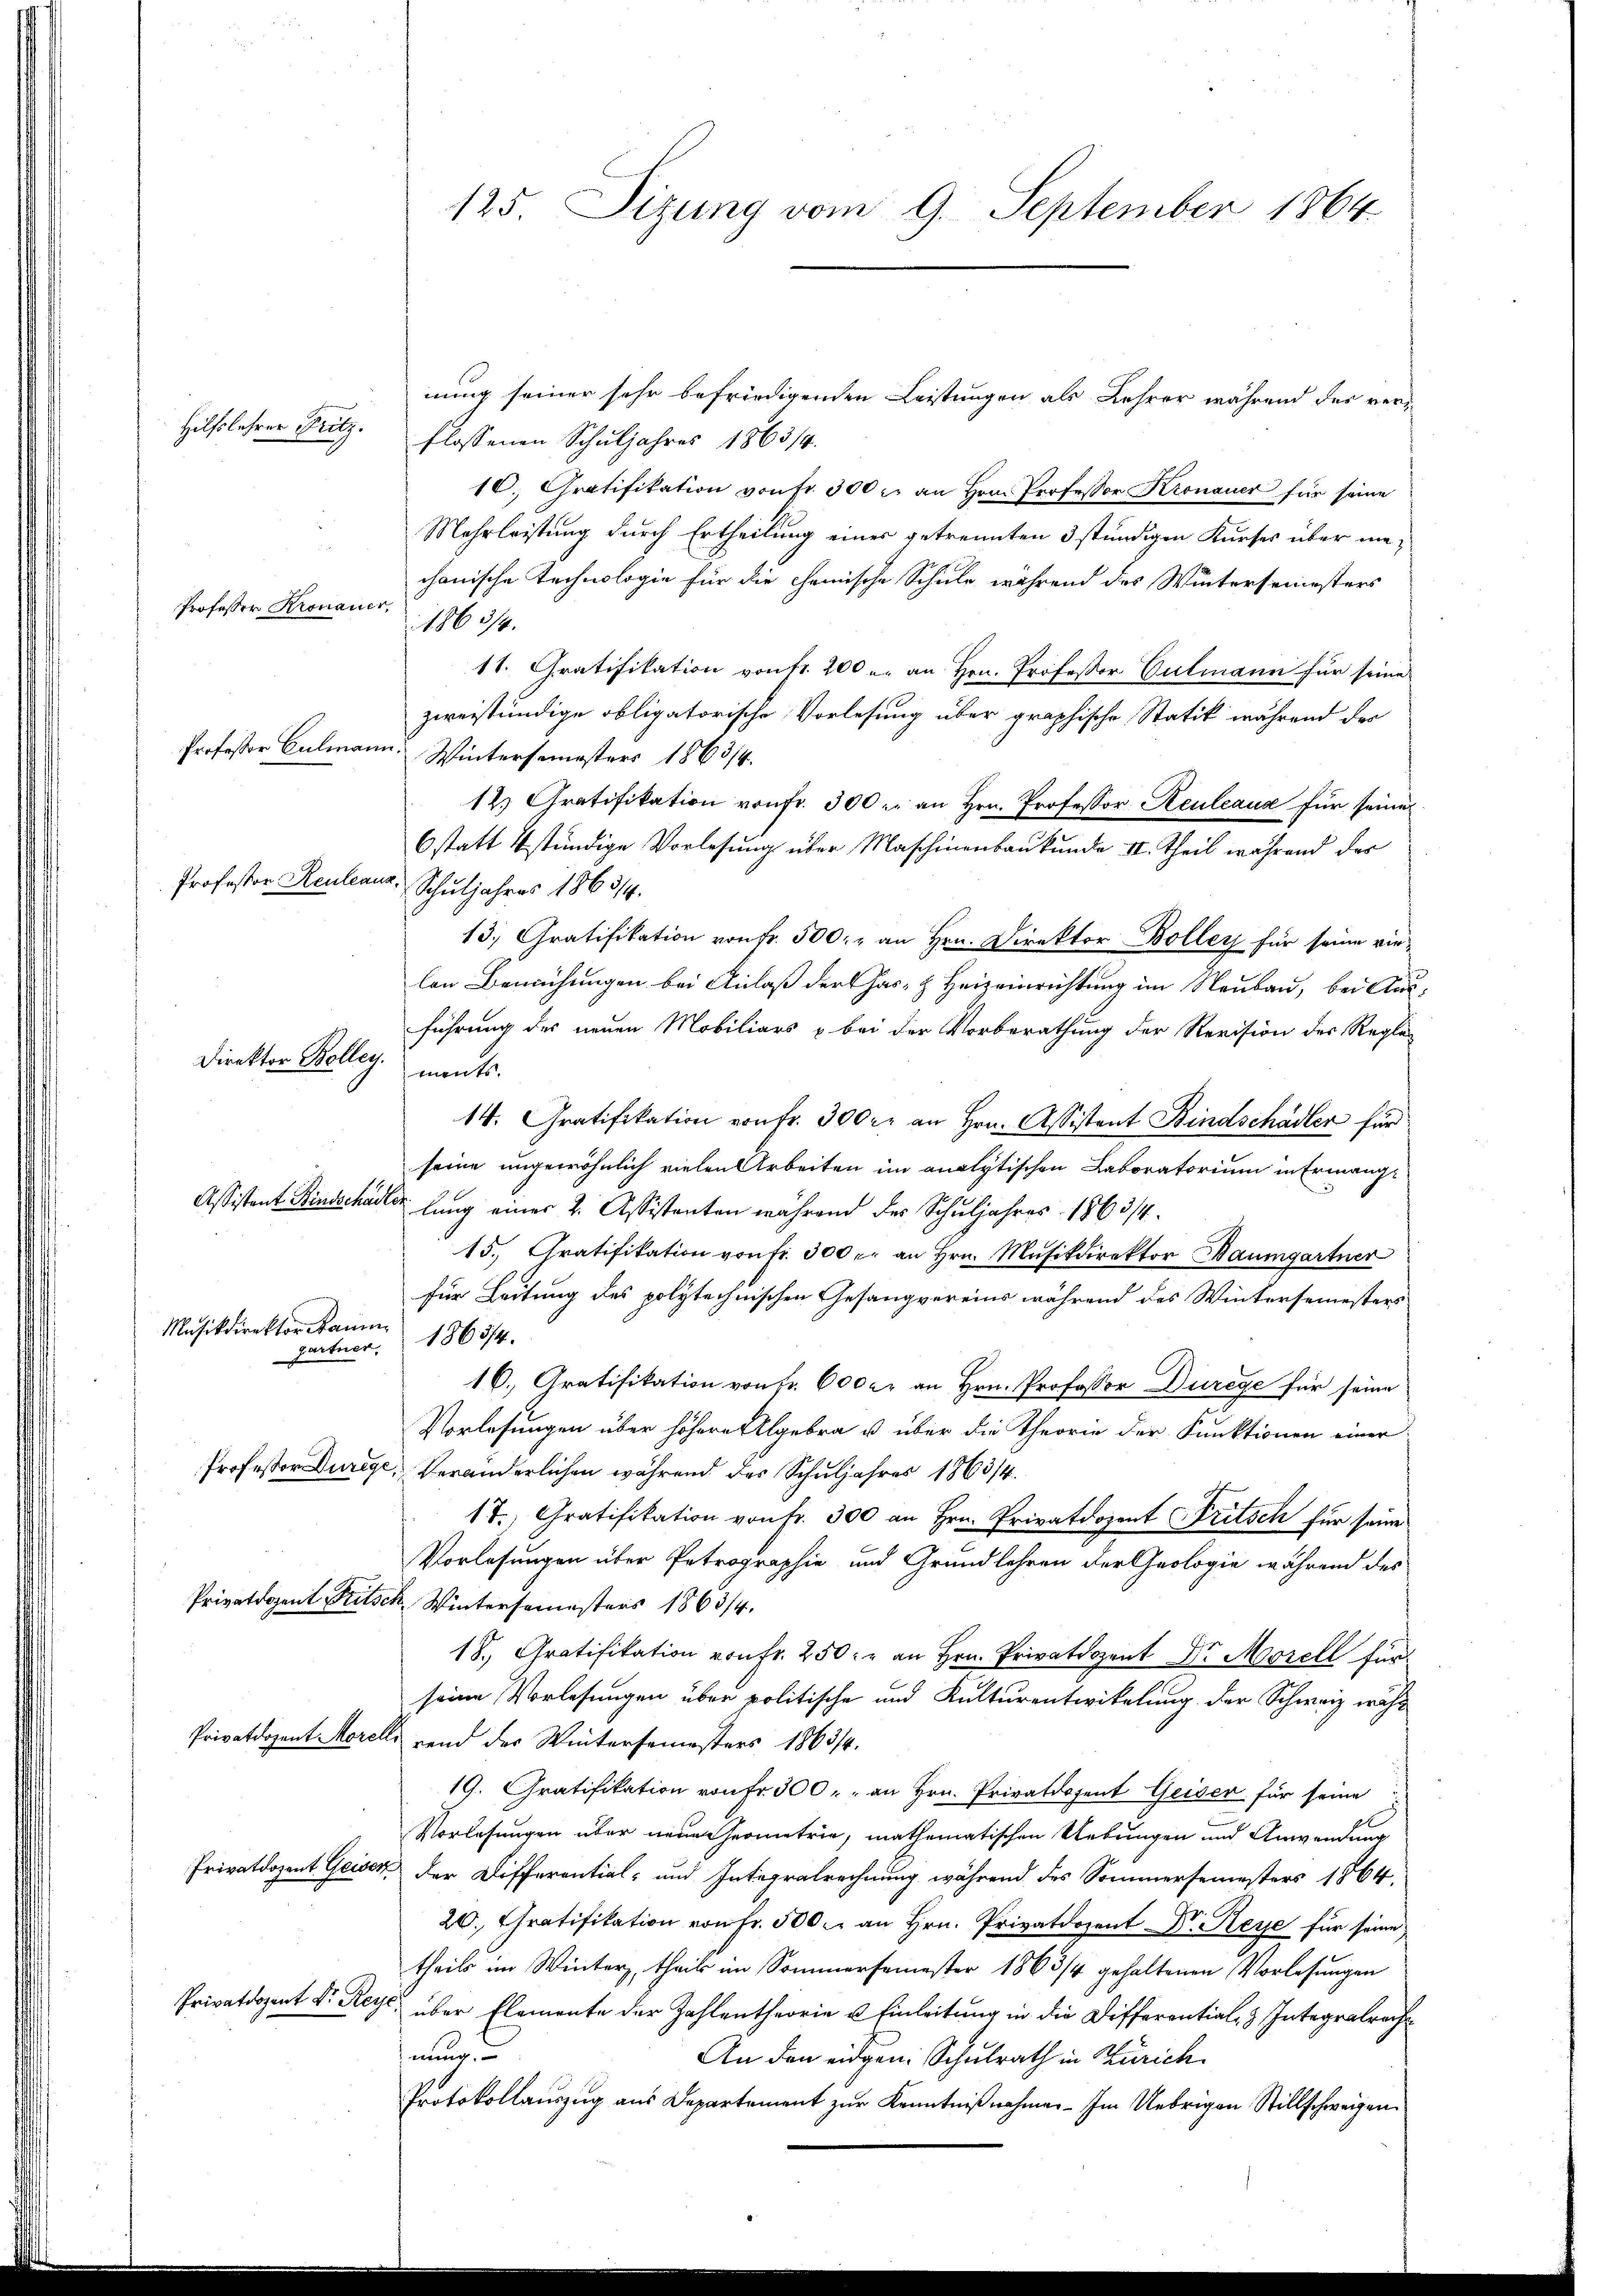
Hilfslehrer Fritz.

Professor Kronauer,

Professor Culmann.

Professor Keuleaux,

Direktor Bolleg.

Musikdirektor Raum

nung seiner sehr befriedigenden Leistungen als Lehrer während des verflossenen Schuljahres 1863/4.
10. Gratifikation von fr. 300 r. an Hrn. Professor Kronauer für seine
Mehrleistung durch Ertheilung eines getrennten 3 stündigen Kurses über mechanische Technologie für die chemische Schule während des Wintersemesters
1863/4.
11. Gratifikation von fr. 200 u. an Hrn. Professor Culmann für seine
zweistündige obligatorische Vorlesung über graphische Statik während der
Wintersemesters 1863/4.
12. Gratifikation von fr. 300. an Hrn. Professor Keuleaux für seine
6 statt stündige Vorlesung über Maschinenbaukunde II. Theil während des
Schuljahres 1863/4.
13; Gratifikation von Fr. 500. r an Hrn. Direktor Boller für seine vielen Bemühungen bei Anlaß der Gas- & Heizeinrichtung im Neubau, bei Ausführung des neuen Mobiliars & bei der Vorberathung der Revision des Regle-
mente.
14. Gratifikation von Fr. 300 r. an Hrn. Assistant Kindschädler für
seine ungewöhnlich vielen Arbeiten im analytischen Laboratorium in Ermang¬
Assistant Bindschädler lang einer 2. Assistanten während der Schuljahres 1863/4.
15. Gratifikation von fr. 300 r. an Hrn. Mŭsikdirektor Baumgartner
für Leitung des polytechnischen Gesangvereins während des Wintersemesters
1863/4.
gartner,
16.) Gratifikation von Fr. 600 fr an Hrn. Professor Durege für seine
Vorlesungen über höhere Allgebra u über die Theorie der Funktionen einer
Professor Durege, Veränderlichen während des Schuljahres 1863/4.
17.) Gratifikation von Fr. 300 an Hrn. Privatdozent Fritsch für seine
Vorlesungen über Petrographie und Grundlehren der Geologie während des
Privatdozent Rusck Wintersemesters 1863/4.
18., Gratifikation von Fr. 250. r an Hrn. Privatdozent Dr. Morell für
seine Vorlesungen über politische und Kulturentwickelung der Schweiz wähl
Privatdozent Morels rend des Wintersemesters 1863/4.
19. Gratifikation von Fr. 300. an Hrn. Privatdozent Geiser für seine
Vorlesungen über neue Geometrie, mathematischen Uebungen und Anwendung
Privatdozent Geisen der Differential- und Integralrechnung während des Sommersemesters 1864,
20. Gratifikation von Fr. 500. an Hrn. Privatdozent Dr. Reye für seine
theils im Winter, theils im Sommersemester 1863/4 gehaltenen Vorlesungen
Privatdozent Dr. Reyc. über Elemente der Zahlentheorie u. Einleitung in die Differential- & Integralrech
nung.
An den eidgen: Schulrath in Zürich.
Protokollauszug aus Departement zur Kenntnißnahme.- Im Uebrigen Stillschweigen

125. Sizung vom 9. September 1864